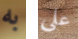
به علي